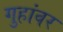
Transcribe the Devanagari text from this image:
गुहांवर